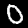
Label: 0